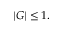
\vert G \vert \leq 1 .